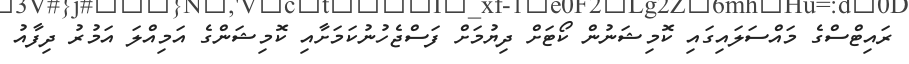
ރައިޓްސްގެ މައްސަލައިގައި ކޮމިޝަނުން ކޯޓަށް ދިޔުމަށް ފަސްޖެހުނުކަމަށާއި ކޮމިޝަންގެ އަމިއްލަ އަމުރު ދިފާއު